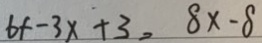
6 f - 3 x + 3 = 8 x - 8